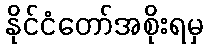
နိုင်ငံတော်အစိုးရမှ